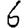
Digit: 6